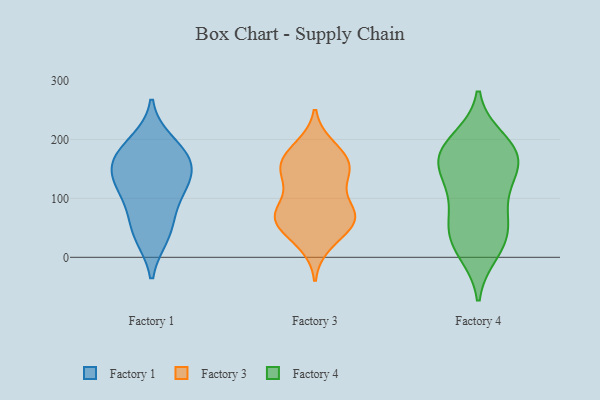
{"axis": {"x": "Gross Profit (USD K)", "y": "Value"}, "legend": ["Factory 1", "Factory 3", "Factory 4"], "data": [{"x": "", "y": 44, "type": "Factory 1"}, {"x": "", "y": 131, "type": "Factory 1"}, {"x": "", "y": 170, "type": "Factory 1"}, {"x": "", "y": 195, "type": "Factory 1"}, {"x": "", "y": 166, "type": "Factory 1"}, {"x": "", "y": 116, "type": "Factory 1"}, {"x": "", "y": 130, "type": "Factory 1"}, {"x": "", "y": 166, "type": "Factory 1"}, {"x": "", "y": 37, "type": "Factory 1"}, {"x": "", "y": 84, "type": "Factory 1"}, {"x": "", "y": 63, "type": "Factory 3"}, {"x": "", "y": 127, "type": "Factory 3"}, {"x": "", "y": 179, "type": "Factory 3"}, {"x": "", "y": 23, "type": "Factory 3"}, {"x": "", "y": 141, "type": "Factory 3"}, {"x": "", "y": 75, "type": "Factory 3"}, {"x": "", "y": 79, "type": "Factory 3"}, {"x": "", "y": 82, "type": "Factory 3"}, {"x": "", "y": 187, "type": "Factory 3"}, {"x": "", "y": 62, "type": "Factory 3"}, {"x": "", "y": 166, "type": "Factory 3"}, {"x": "", "y": 142, "type": "Factory 3"}, {"x": "", "y": 68, "type": "Factory 3"}, {"x": "", "y": 151, "type": "Factory 3"}, {"x": "", "y": 159, "type": "Factory 3"}, {"x": "", "y": 64, "type": "Factory 3"}, {"x": "", "y": 39, "type": "Factory 3"}, {"x": "", "y": 56, "type": "Factory 4"}, {"x": "", "y": 113, "type": "Factory 4"}, {"x": "", "y": 198, "type": "Factory 4"}, {"x": "", "y": 171, "type": "Factory 4"}, {"x": "", "y": 168, "type": "Factory 4"}, {"x": "", "y": 22, "type": "Factory 4"}, {"x": "", "y": 54, "type": "Factory 4"}, {"x": "", "y": 34, "type": "Factory 4"}, {"x": "", "y": 10, "type": "Factory 4"}, {"x": "", "y": 96, "type": "Factory 4"}, {"x": "", "y": 142, "type": "Factory 4"}, {"x": "", "y": 181, "type": "Factory 4"}, {"x": "", "y": 157, "type": "Factory 4"}, {"x": "", "y": 179, "type": "Factory 4"}]}